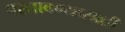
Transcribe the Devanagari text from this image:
परतावण्यासाठी